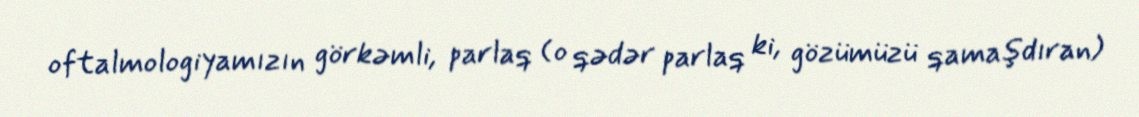
oftalmologiyamızın görkəmli, parlaq (o qədər parlaq ki, gözümüzü qamaşdıran)